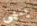
ينهى